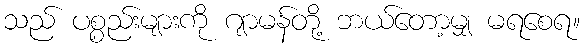
သည် ပစ္စည်းများကို ဂျာမန်တို့ ဘယ်တော့မျှ မရစေရ။